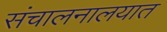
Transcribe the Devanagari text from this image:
संचालनालयात